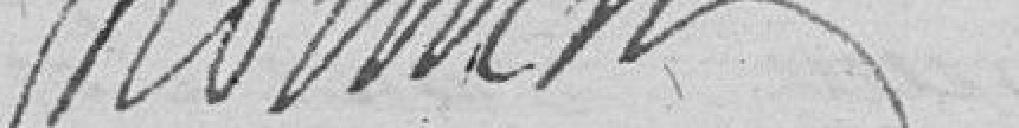
Momin